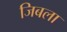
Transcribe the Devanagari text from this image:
जिबला